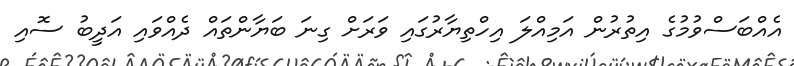
އެއްބަސްވުމުގެ އިތުރުން އަމިއްލަ އިހްތިޔާރުގައި ވަރަށް ގިނަ ބަޔާންތައް ދެއްވައި އަދީބު ސޮއި